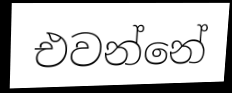
එවන්නේ